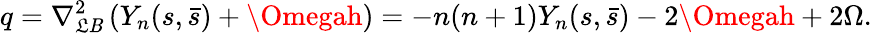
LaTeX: q=\nabla_{\mathfrak{L}\mathit{B}}^{2}\left(Y_{n}(s,\bar{{s}})+\Omegah\right)=-n(n+1)Y_{n}(s,\bar{{s}})-2\Omegah+2\Omega.